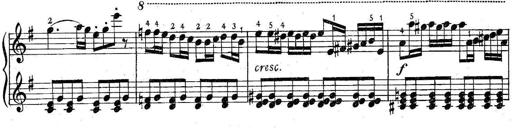
Title: 6 Easy Sonatinas
Composer: Carl Czerny